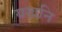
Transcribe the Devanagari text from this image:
यखनि